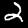
Label: 2